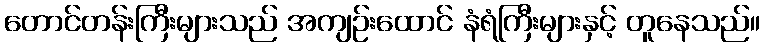
တောင်တန်းကြီးများသည် အကျဉ်းထောင် နံရံကြီးများနှင့် တူနေသည်။